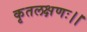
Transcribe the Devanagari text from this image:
कृतलक्षणः।।